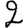
Digit: 2